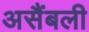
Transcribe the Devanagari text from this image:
असैंबली